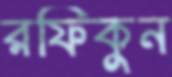
রফিকুন